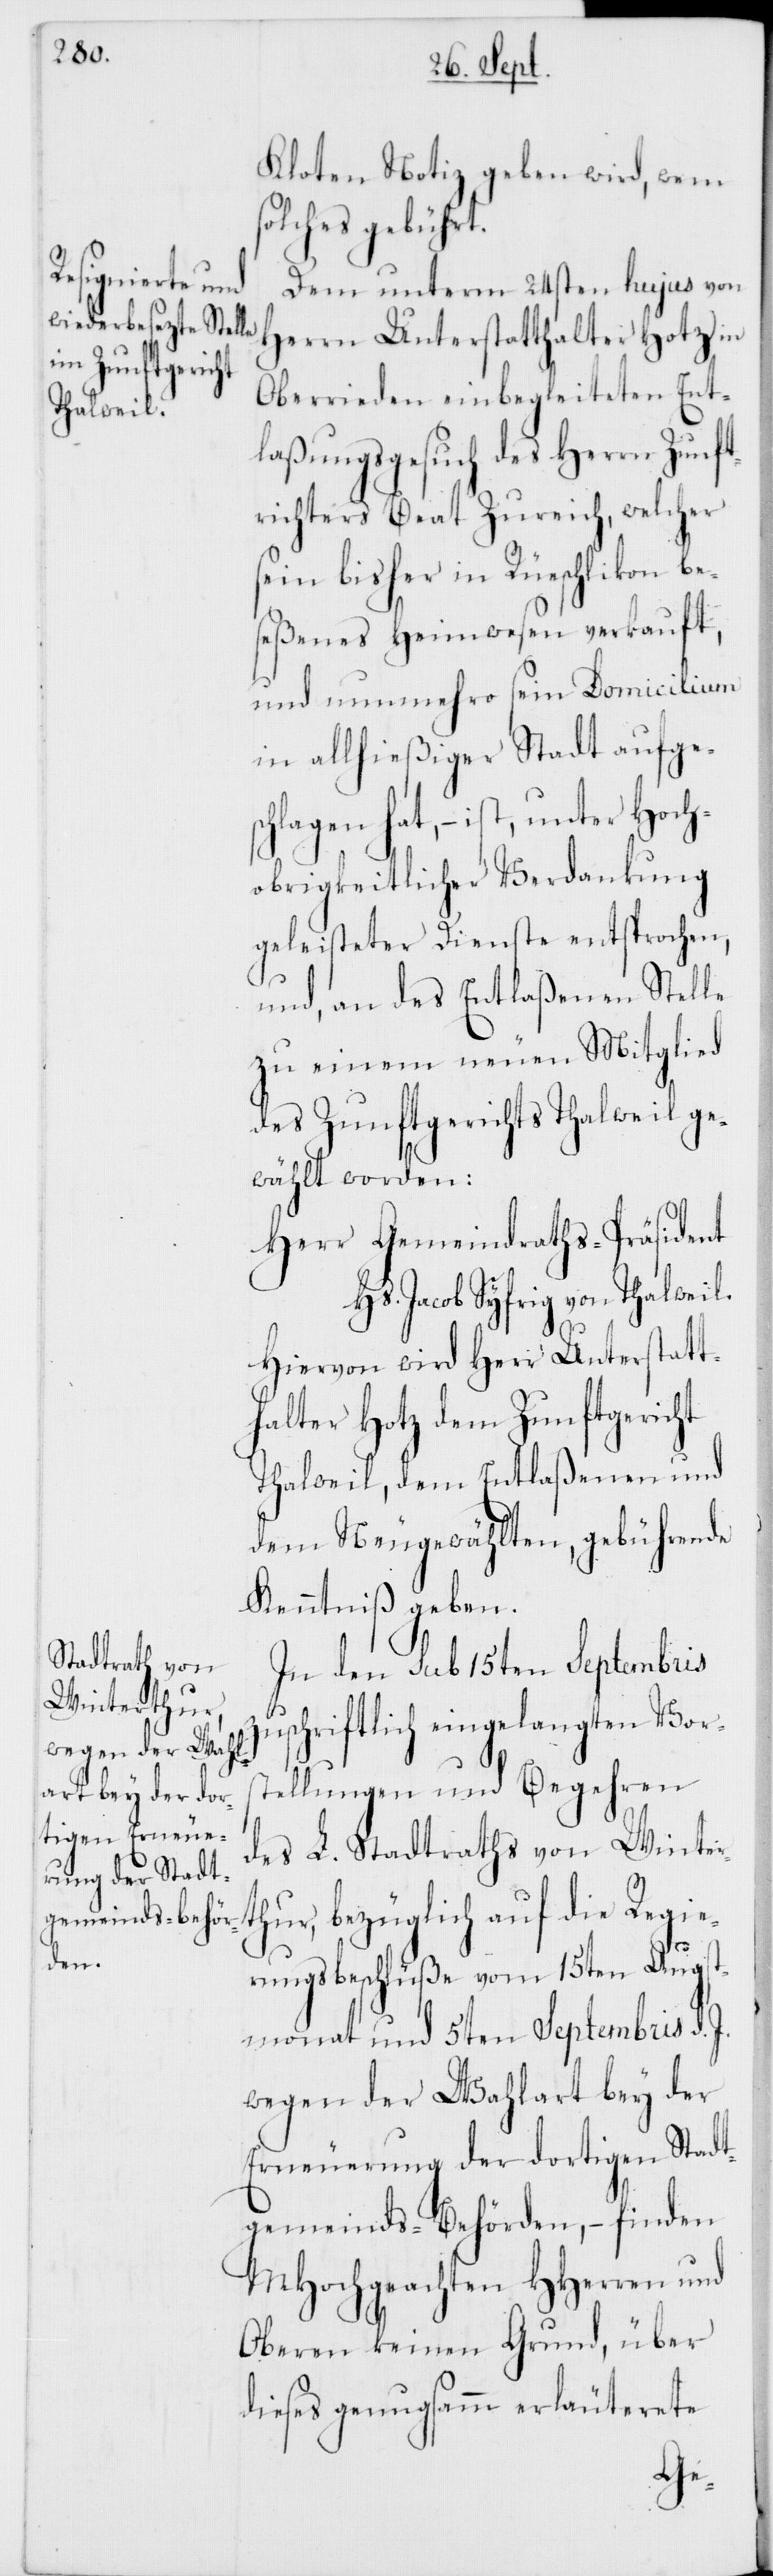
Kloten Notiz geben wird, wem
solches gebührt.
Dem unterm 24sten hujus von
Herrn Unterstatthalter Hotz in
Oberrieden einbegleiteten Ent¬
laßungsgesuch des Herrn Zunft¬
richters Beat Zureich, welcher
sein bisher in Rüschlikon be¬
seßenes Heimwesen verkauft,
und nunmehro sein Domicilium
in allhießiger Stadt aufges¬
chlagen hat, – ist, unter Hoch¬
obrigkeitlicher Verdankung
geleisteter Dienste entsprochen,
und an des Entlaßenen Stelle
zu einem neuen Mitglied
des Zunftgerichts Thalweil ge¬
wählt worden:
Herr Gemeindraths-Präsident
Hs. Jacob Syfrig von Thalweil.
Hiervon wird Herr Unterstatt¬
halter Hotz dem Zunftgericht
Thalweil, dem Entlaßenen und
dem Neugewählten, gebührende
Kenntniß geben.
In den sub 15ten Septembris
zuschriftlich eingelangten Vor¬
stellungen und Begehren
des L. Stadtraths von Winter¬
thur, bezüglich auf die Regie¬
rungsbeschlüße vom 15ten Augst¬
monat und 5ten Setptembris d.
wegen der Wahlart bey der
Erneuerung der dortigen Stadt¬
gemeinds-Behörden, – finden
MHochgeachten HHerren und
Oberen keinen Grund, über
dieses genugsamm erläuterete